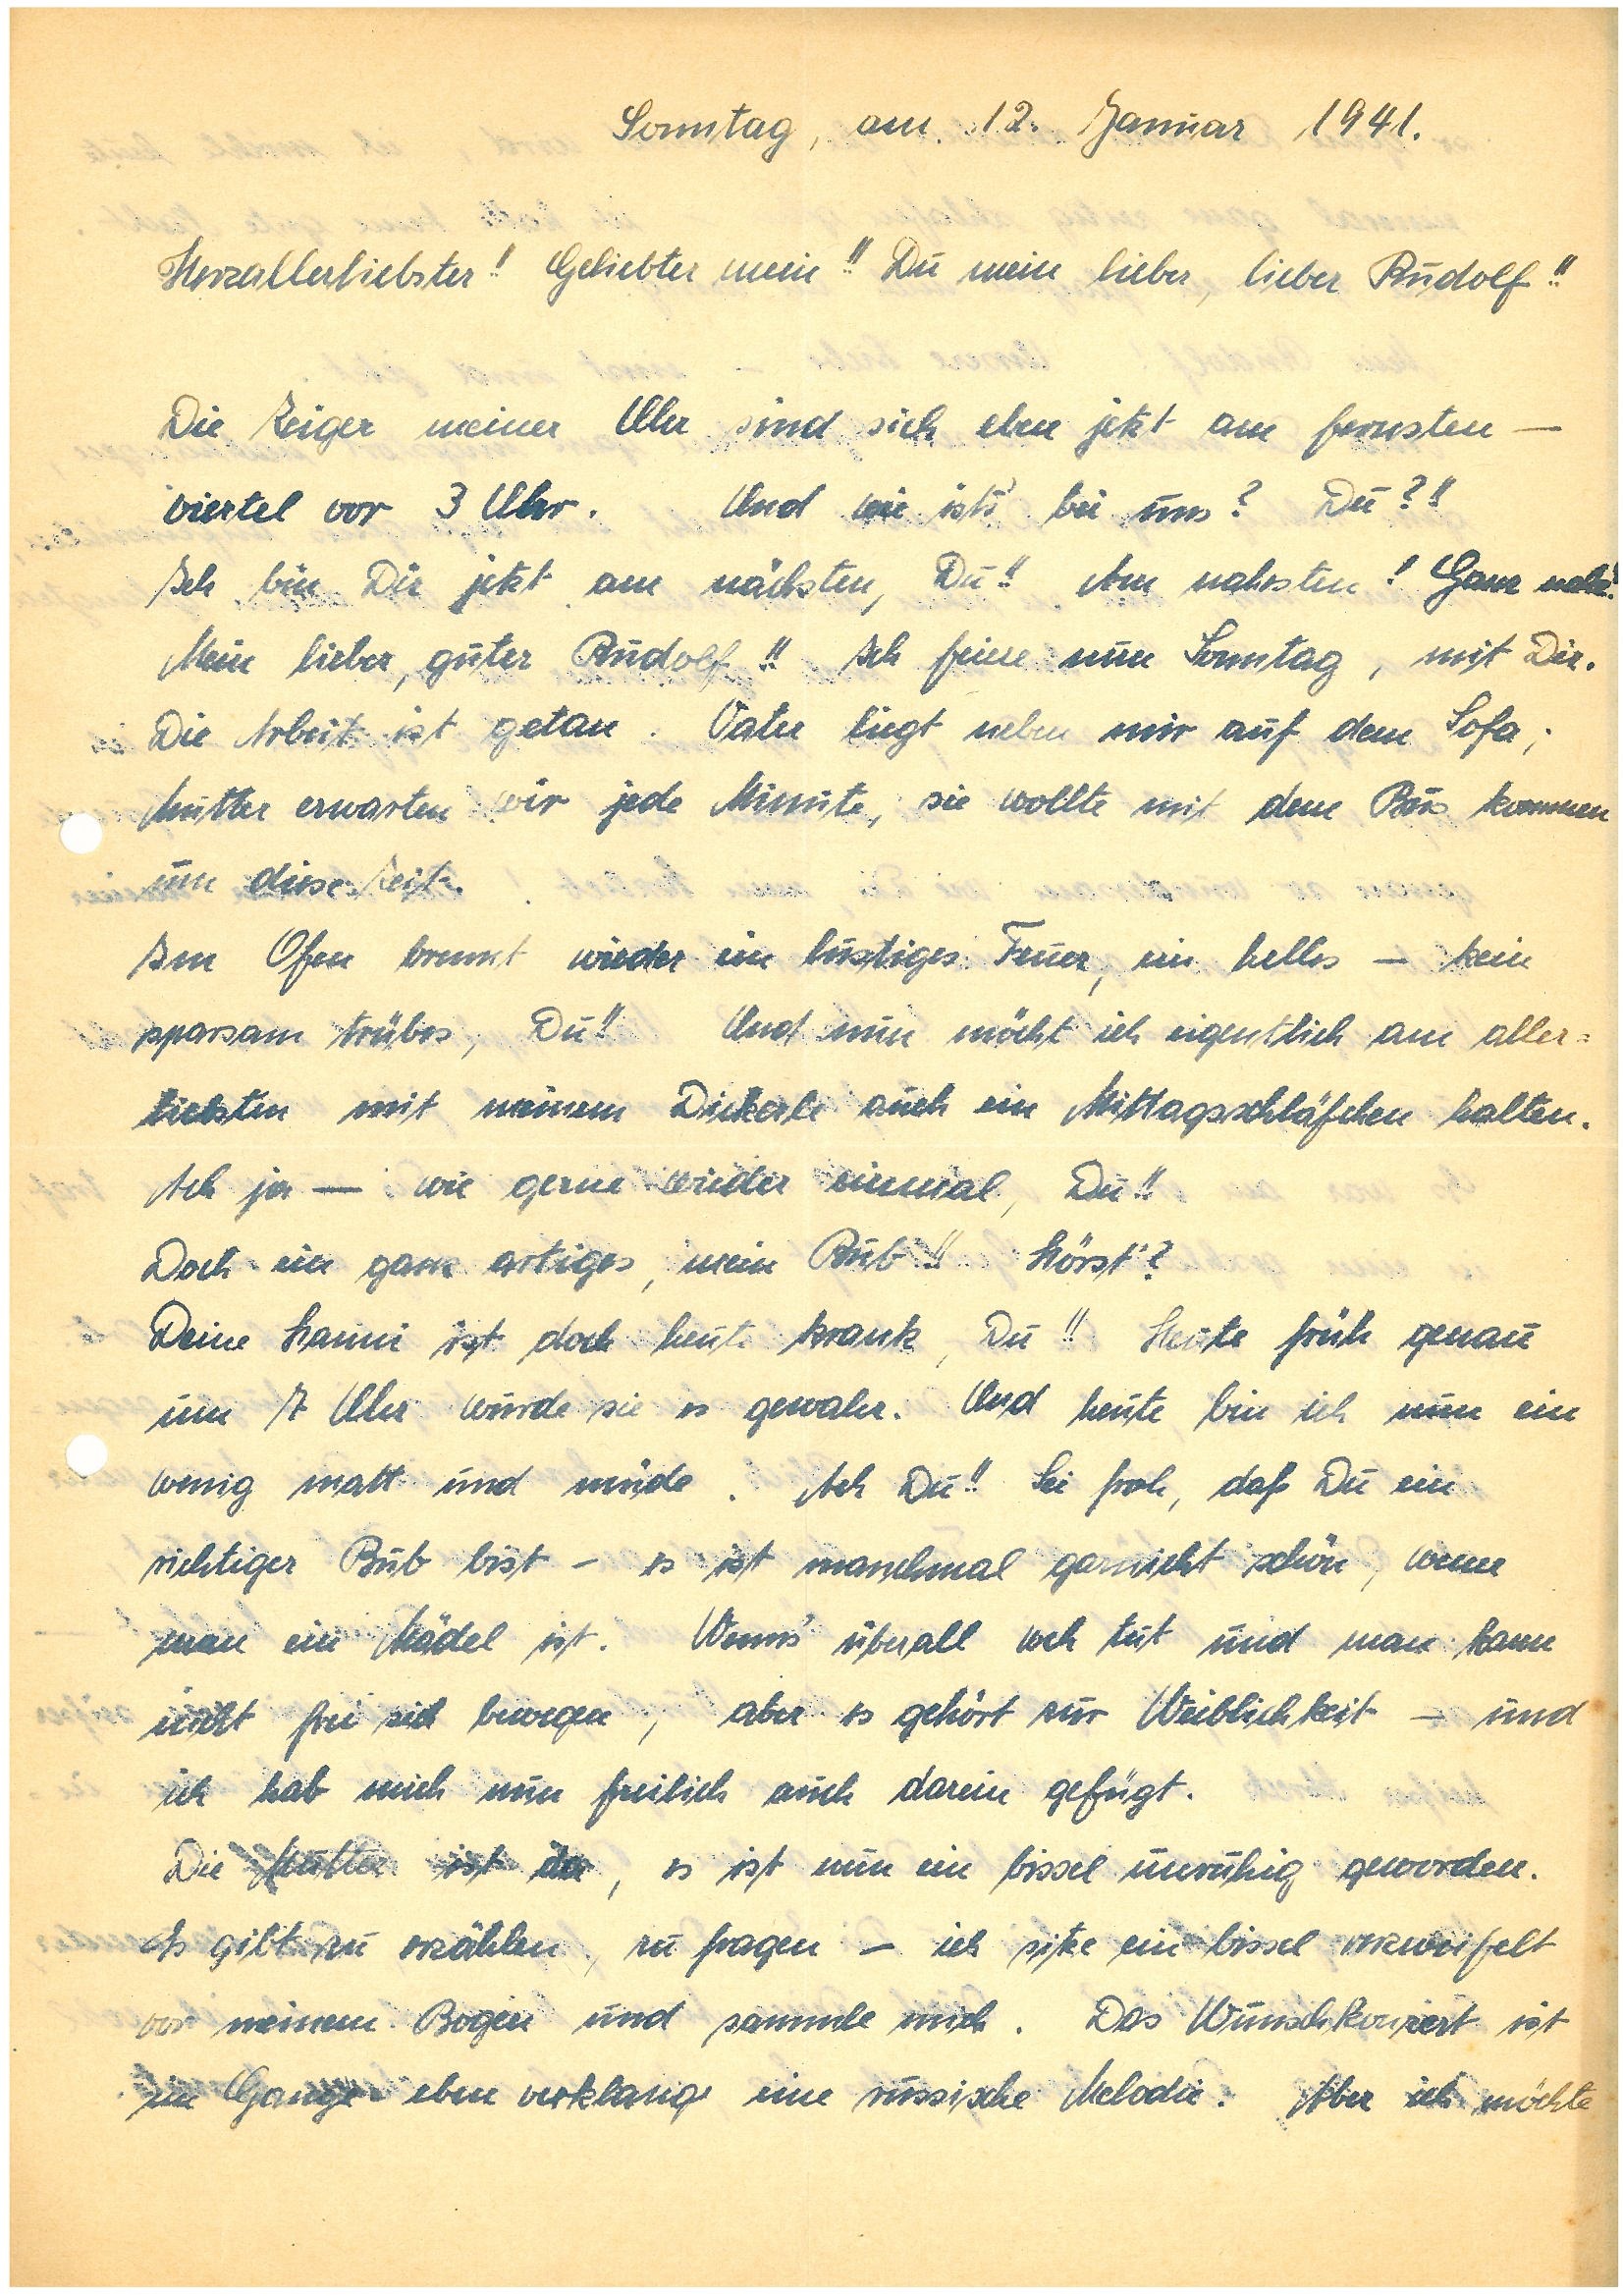
Sonntag, am 12. Januar 1941.
Herzallerliebster! Geliebter mein!! Du mein lieber, lieber!!
Die Zeiger meiner Uhr sind sich eben jetzt am fernsten –
viertel vor 3 Uhr. Und wie ists‘ bei uns? Du?!
Ich bin Dir jetzt am nächsten, Du!! Am nahesten! Ganz nahe!
Mein lieber, guter!! Ich feiere nun Sonntag, mit Dir. Die
Arbeit ist getan. Vater liegt neben mir auf dem Sofa;
Mutter erwarten wir jede Minute, sie wollte mit dem Bus kommen
um diese Zeit.
Am Ofen brennt wieder ein lustiges Feuer, ein helles – kein
sparsam trübes, Du!! Und nun möchte ich eigentlich am aller¬
liebsten mit meinem Dickerle auch ein Mittagsschläfchen halten.
Ach ja – wie gerne wieder einmal, Du!!
Doch ein ganz artiges, mein Bub hörst‘?
Deine  ist doch heut krank, Du!! Heute früh genau
um 7 Uhr wurde sie es gewahr. Und heute bin ich nun ein
wenig matt und müde. Ach Du!! Sei froh, daß Du ein
richtiger Bub bist – es ist manchmal gar nicht schön, wenn
man ein Mädel ist. Wenns‘ überall weh tut und man kann
nicht frei sich bewegen, aber es gehört zur Weiblichkeit – und
ich hab mich nun freilich auch darin gefügt.
Die Mutter ist da, es nun ein bissel unruhig geworden.
Es gibt zu erzählen zu fragen – ich sitze ein bissel verzweifelt
vor meinem Bogen und sammle mich. Das Wunschkonzert ist
im Gange eben verklang eine russische Melodie: Aber ich möchte